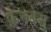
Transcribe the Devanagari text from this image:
फ़ैनबेस